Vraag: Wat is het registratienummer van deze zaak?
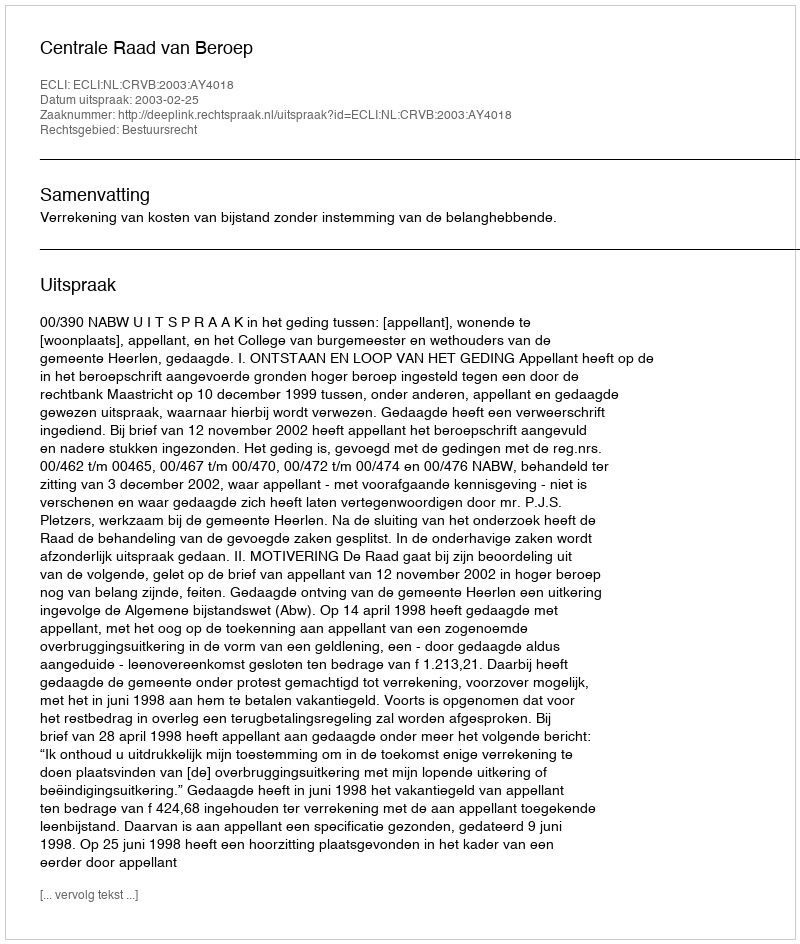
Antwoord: http://deeplink.rechtspraak.nl/uitspraak?id=ECLI:NL:CRVB:2003:AY4018